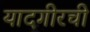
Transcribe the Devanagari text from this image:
यादगीरची